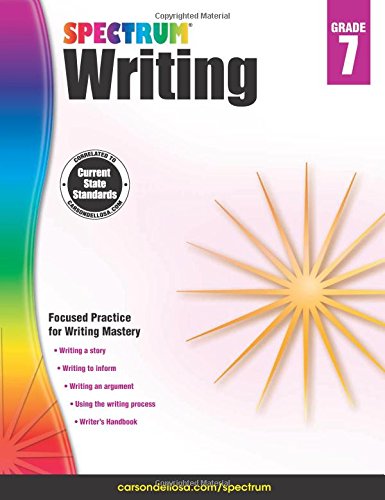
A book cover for Spectrum Writing, Grade 7; Teen & Young Adult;